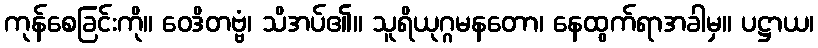
ကုန်စေခြင်းကို။ ဝေဒိတဗ္ဗံ၊ သိအပ်၏။ သူရိယုဂ္ဂမနတော၊ နေထွက်ရာအခါမှ။ ပဋ္ဌာယ၊